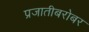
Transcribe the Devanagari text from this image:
प्रजातीबरोबर